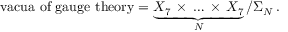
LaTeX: \mathrm { v a c u a ~ o f ~ g a u g e ~ t h e o r y } = \underbrace { X _ { 7 } \, \times \, \dots \, \times \, X _ { 7 } } _ { N } / \Sigma _ { N } \, .